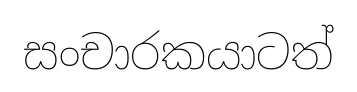
සංචාරකයාටත්